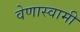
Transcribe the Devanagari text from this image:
वेणास्वामी